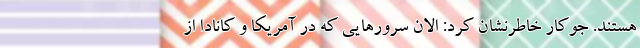
هستند. جوکار خاطرنشان کرد: الان سرورهایی که در آمریکا و کانادا از